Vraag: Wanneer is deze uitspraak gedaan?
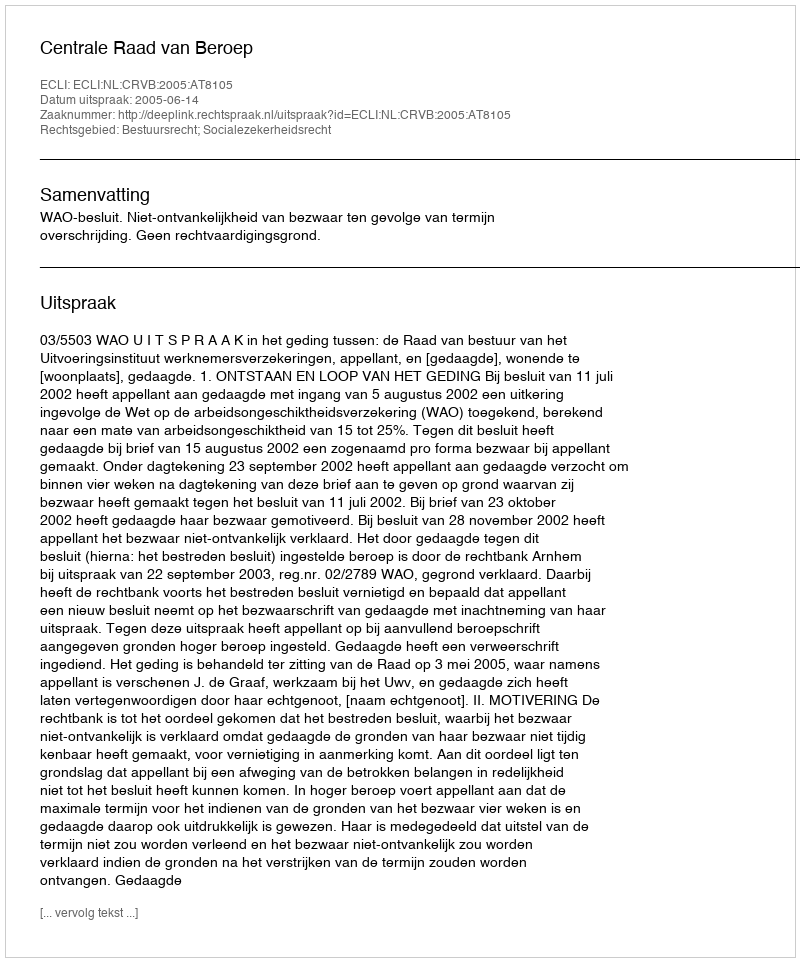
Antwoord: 2005-06-14